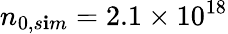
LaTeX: n_{0,s\mathbf{i}m}=2.1\times\mathrm{{10^{18}}}